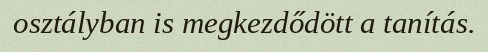
osztályban is megkezdődött a tanítás.